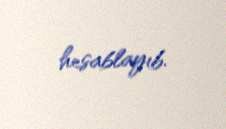
hesablayıb.